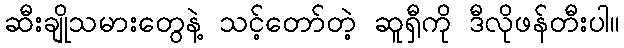
ဆီးချိုသမားတွေနဲ့ သင့်တော်တဲ့ ဆူရှီကို ဒီလိုဖန်တီးပါ။